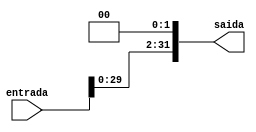
module shift_left_2 (
    input wire [31:0] entrada,
    output wire [31:0] saida
);

assign saida = entrada <<< 2;

endmodule //shift_left_2